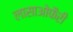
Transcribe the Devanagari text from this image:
लासाओफैरी